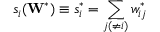
s _ { i } ( \mathbf { W } ^ { * } ) \equiv s _ { i } ^ { * } = \sum _ { j ( \neq i ) } w _ { i j } ^ { * }